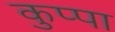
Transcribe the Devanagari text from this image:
कुप्‍पा